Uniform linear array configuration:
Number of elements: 8
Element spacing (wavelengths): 0.5
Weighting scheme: hann
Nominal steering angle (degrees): -60
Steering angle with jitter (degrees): -59.34
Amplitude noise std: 0.05
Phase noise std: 0.05

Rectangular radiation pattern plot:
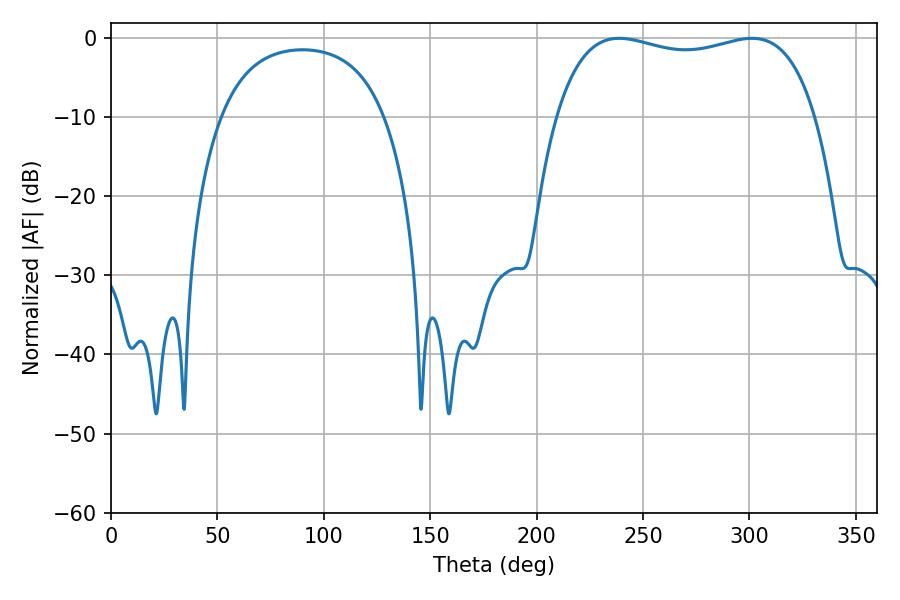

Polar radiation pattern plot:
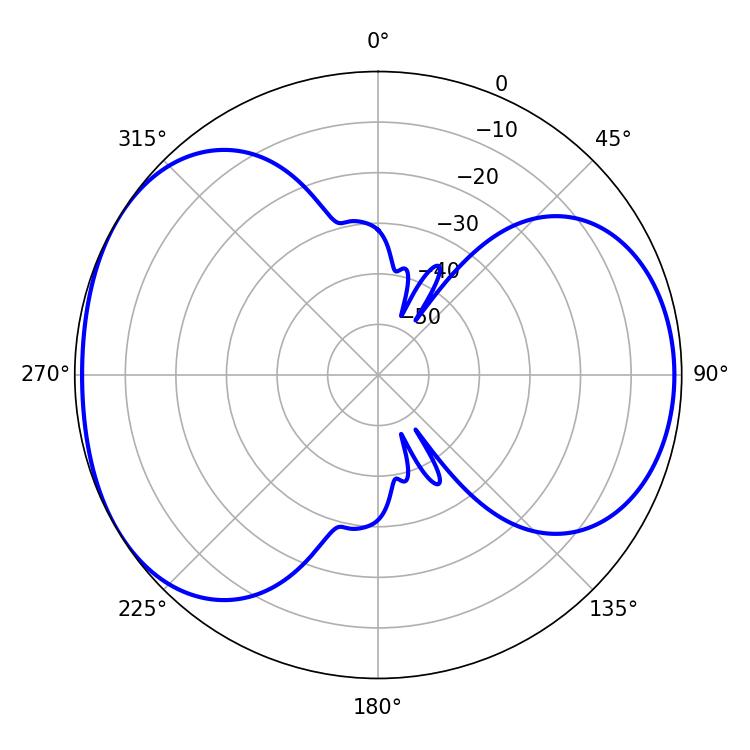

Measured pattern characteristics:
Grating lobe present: FALSE
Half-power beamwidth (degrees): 99
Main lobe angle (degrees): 238.86